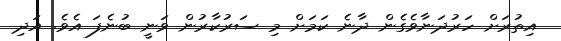
އިތުރަށް ހަރުދަނާވެގެން ދާނެ ކަމަށް މި ސަރުކާރުން ވަނީ ބުނެފަ އެވެ. އަދި